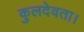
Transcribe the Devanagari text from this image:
कुलदेवता।